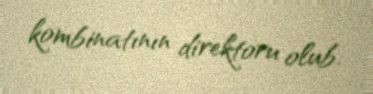
kombinatının direktoru olub.